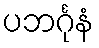
ပဘင်္ဂုနံ